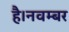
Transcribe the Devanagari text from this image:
है।नवम्बर